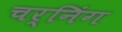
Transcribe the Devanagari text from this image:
चर्निंग